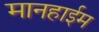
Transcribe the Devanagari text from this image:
मानहाईम